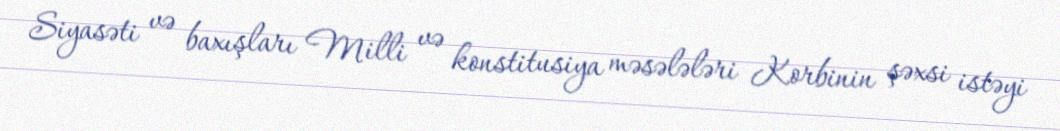
Siyasəti və baxışları Milli və konstitusiya məsələləri Korbinin şəxsi istəyi